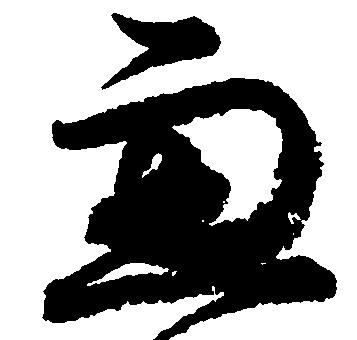
兼